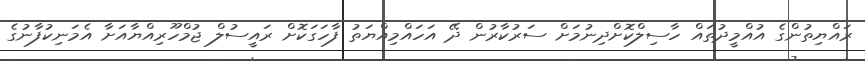
ރައްޔިތުންގެ އުއްމީދުތައް ހާސިލްކޮށްދިނުމަށް ސަރުކާރުން ދޭ އަހައްމިއްޔަތު ފާހަގަކޮށް ރައީސުލް ޖުމްހޫރިއްޔާއަށާ އެމަނިކުފާނުގެ